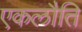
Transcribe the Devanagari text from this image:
एकलौति